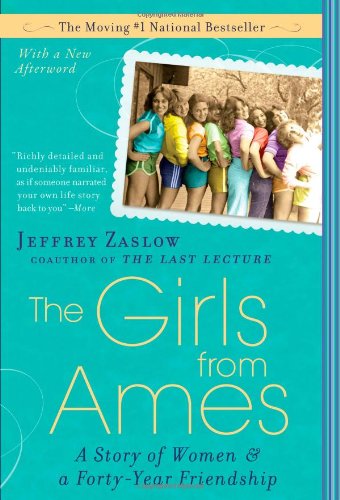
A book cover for The Girls from Ames: A Story of Women and a Forty-Year Friendship; Jeffrey Zaslow; Biographies & Memoirs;